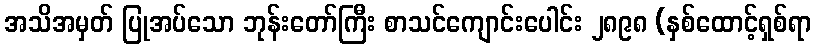
အသိအမှတ် ပြုအပ်သော ဘုန်းတော်ကြီး စာသင်ကျောင်းပေါင်း ၂၈၉၈ (နှစ်ထောင့်ရှစ်ရာ